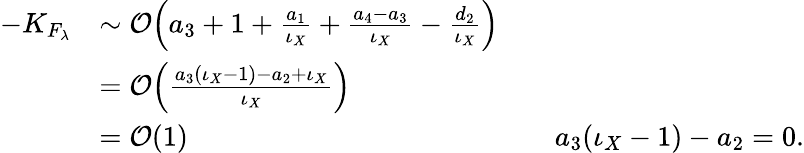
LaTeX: \begin{array}{rlrl}{-K_{F_{\lambda}}}&{\sim\mathcal{O}\Big(a_{3}+1+\frac{a_{1}}{\iota_{X}}+\frac{a_{4}-a_{3}}{\iota_{X}}-\frac{d_{2}}{\iota_{X}}\Big)}\\ &{=\mathcal{O}\Big(\frac{a_{3}(\iota_{X}-1)-a_{2}+\iota_{X}}{\iota_{X}}\Big)}\\ &{=\mathcal{O}(1)}&&{a_{3}(\iota_{X}-1)-a_{2}=0.}\end{array}